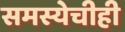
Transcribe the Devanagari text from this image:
समस्येचीही